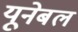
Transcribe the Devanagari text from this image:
यूनेबल